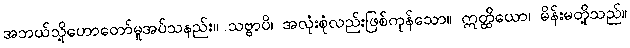
အဘယ်သို့ဟောတော်မူအပ်သနည်း။ သဗ္ဗာပိ၊ အလုံးစုံလည်းဖြစ်ကုန်သော။ ဣတ္ထိယော၊ မိန်းမတို့သည်။